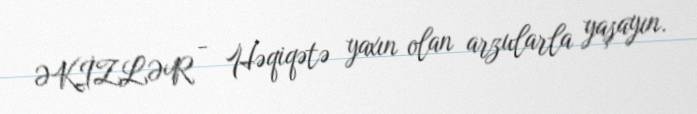
ƏKİZLƏR - Həqiqətə yaxın olan arzularla yaşayın.